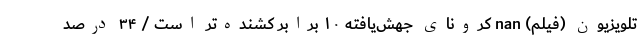
تلویزیون (فیلم) nan کرونای جهش‌یافته ۱۰ برابر کشنده‌تر است / ۳۴ درصد